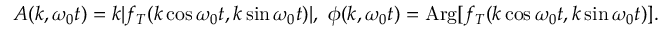
\begin{array} { r } { A ( k , \omega _ { 0 } t ) = k | f _ { T } ( k \cos \omega _ { 0 } t , k \sin \omega _ { 0 } t ) | , \ \phi ( k , \omega _ { 0 } t ) = \mathrm { A r g } [ f _ { T } ( k \cos \omega _ { 0 } t , k \sin \omega _ { 0 } t ) ] . \ } \end{array}